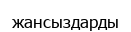
жансыздарды